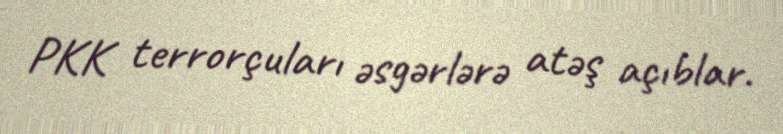
PKK terrorçuları əsgərlərə atəş açıblar.